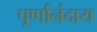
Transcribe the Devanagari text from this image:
पूर्णानंदाय